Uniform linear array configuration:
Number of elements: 32
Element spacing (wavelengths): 0.25
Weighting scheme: uniform
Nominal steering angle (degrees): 0
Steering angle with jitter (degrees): -0.4273
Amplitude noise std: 0.05
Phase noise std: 0.05

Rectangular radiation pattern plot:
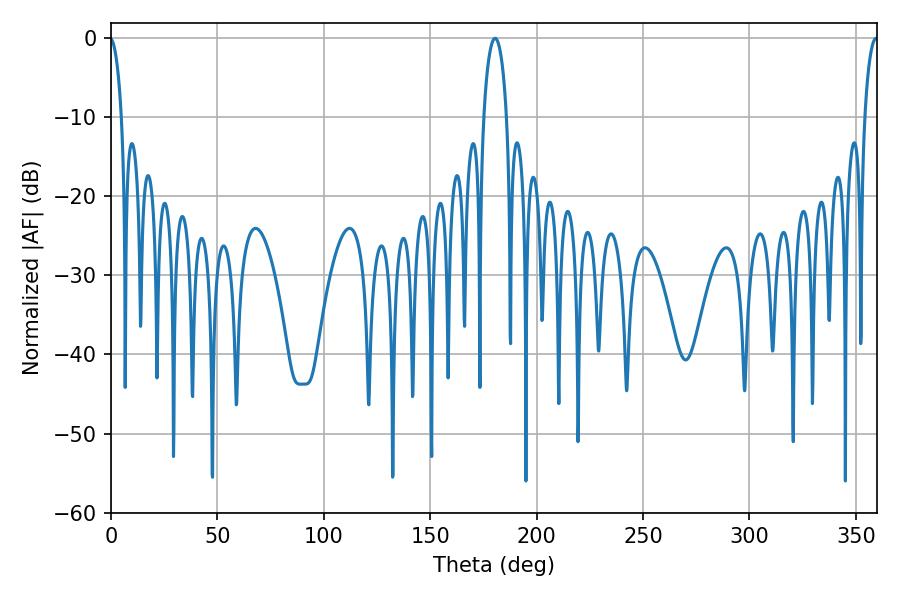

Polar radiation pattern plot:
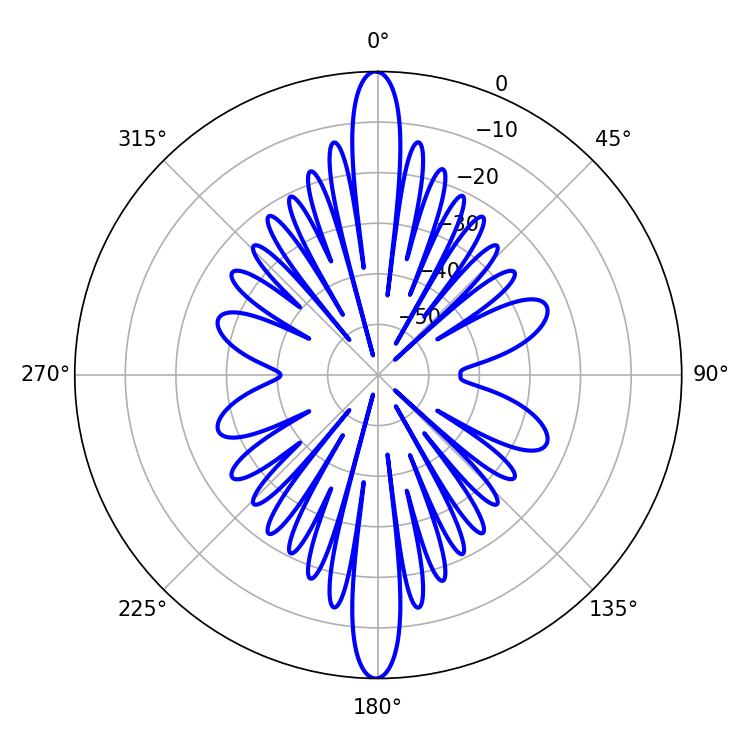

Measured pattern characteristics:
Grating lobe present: FALSE
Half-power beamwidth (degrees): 3.6
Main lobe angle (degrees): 359.46